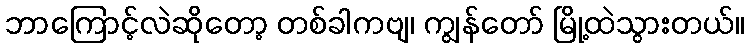
ဘာကြောင့်လဲဆိုတော့ တစ်ခါကဗျ၊ ကျွန်တော် မြို့ထဲသွားတယ်။